Vaccination in Bombay 1913-1923 - 1913-1923
Year: 1913
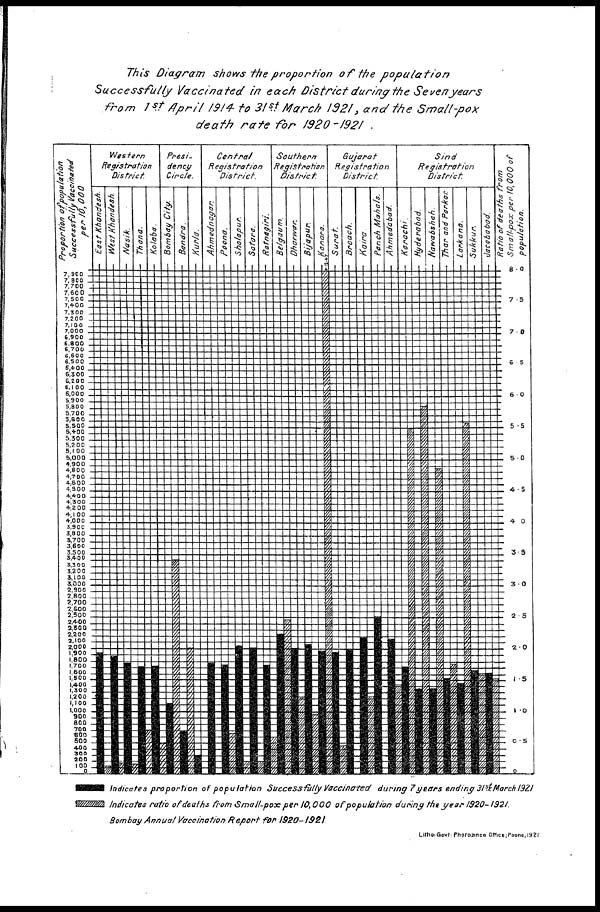
This Diagram shows the proportion of the
population
Successfully
Vaccinated
in each District during the Seven years
from 1st April 1914 to 31st March 1921, and the
Small-pox
death rate for
1920-1921.